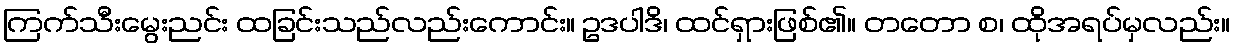
ကြက်သီးမွေးညင်း ထခြင်းသည်လည်းကောင်း။ ဥဒပါဒိ၊ ထင်ရှားဖြစ်၏။ တတော စ၊ ထိုအရပ်မှလည်း။